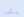
يكن